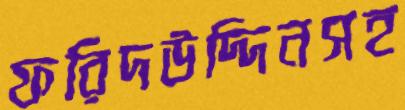
ফরিদউদ্দিনসহ